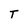
Character: T